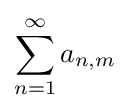
\sum _{n=1}^{\infty }a_{n,m}